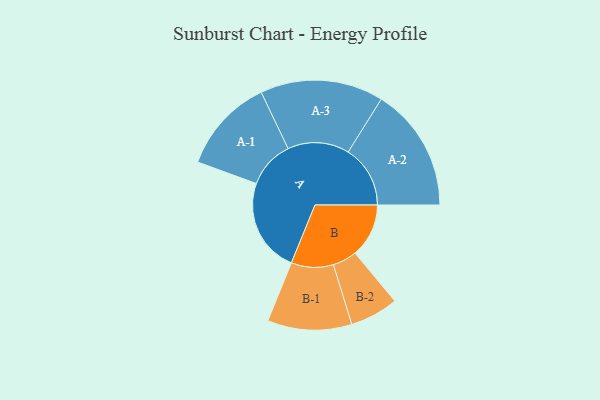
{"axis": {"x": "Segment", "y": "Value"}, "legend": ["", "A", "B"], "data": [{"x": "A", "y": 420, "type": ""}, {"x": "B", "y": 240, "type": ""}, {"x": "A-1", "y": 212, "type": "A"}, {"x": "A-2", "y": 277, "type": "A"}, {"x": "A-3", "y": 275, "type": "A"}, {"x": "B-1", "y": 188, "type": "B"}, {"x": "B-2", "y": 108, "type": "B"}]}